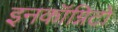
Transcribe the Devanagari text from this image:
इनकॉग्निटो